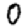
Digit: 0